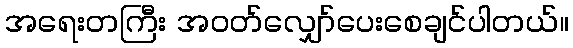
အရေးတကြီး အဝတ်လျှော်ပေးစေချင်ပါတယ်။